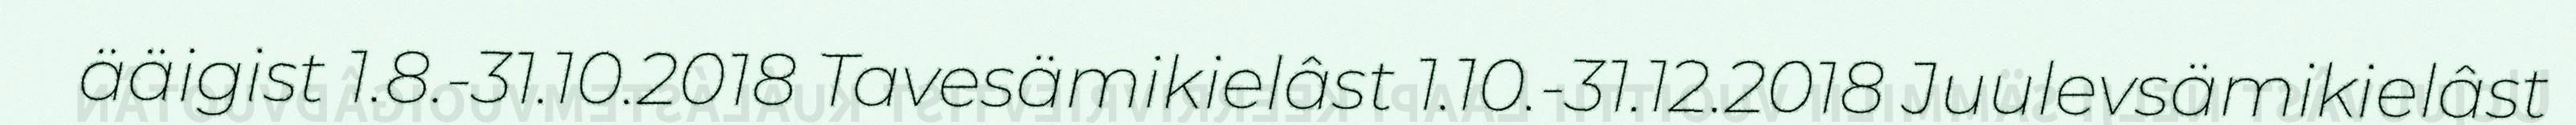
ääigist 1.8.-31.10.2018 Tavesämikielâst 1.10.-31.12.2018 Juulevsämikielâst